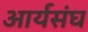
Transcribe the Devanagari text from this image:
आर्यसंघ